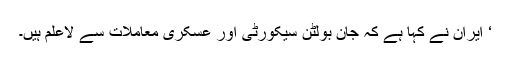
‘ ایران نے کہا ہے کہ جان بولٹن سیکورٹی اور عسکری معاملات سے لاعلم ہیں۔